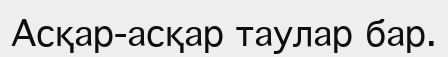
Асқар-асқар таулар бар.